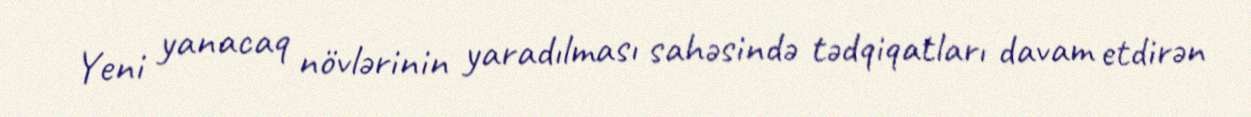
Yeni yanacaq növlərinin yaradılması sahəsində tədqiqatları davam etdirən